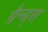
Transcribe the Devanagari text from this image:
ग्रैन्ड्स